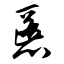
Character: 慝